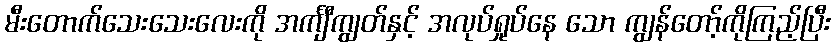
မီးတောက်သေးသေးလေးကို အင်္ကျီကျွတ်နှင့် အလုပ်ရှုပ်နေ သော ကျွန်တော့်ကိုကြည့်ပြီး